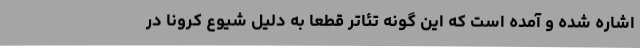
اشاره شده و آمده است که این گونه تئاتر قطعا به دلیل شیوع کرونا در